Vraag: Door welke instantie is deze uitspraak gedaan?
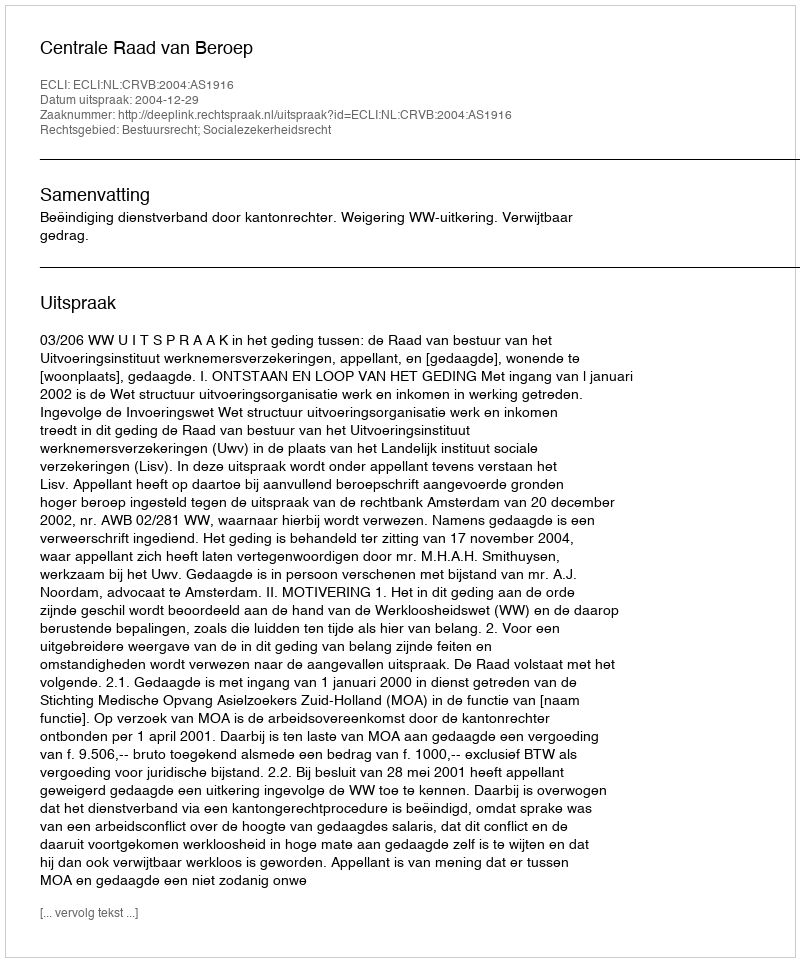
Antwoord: Centrale Raad van Beroep